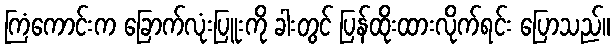
ကြံကောင်းက ခြောက်လုံးပြူးကို ခါးတွင် ပြန်ထိုးထားလိုက်ရင်း ပြောသည်။